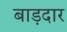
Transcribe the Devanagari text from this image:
बाड़दार